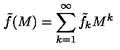
\tilde { f } ( M ) = \sum _ { k = 1 } ^ { \infty } \tilde { f } _ { k } M ^ { k }